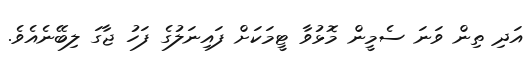
އަދި ތިން ވަނަ ސެމީން މޮޅުވާ ޓީމަކަށް ފައިނަލުގެ ފަހު ޖާގަ ލިބޭނެއެވެ.